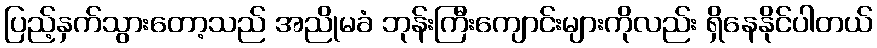
ပြည့်နှက်သွားတော့သည် အညိုမခံ ဘုန်းကြီးကျောင်းများကိုလည်း ရှိနေနိုင်ပါတယ်